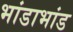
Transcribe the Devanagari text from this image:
भांडाभांड